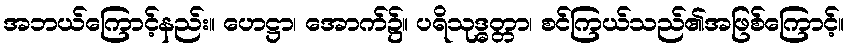
အဘယ်ကြောင့်နည်း။ ဟေဋ္ဌာ၊ အောက်၌။ ပရိသုဒ္ဓတ္တာ၊ စင်ကြယ်သည်၏အဖြစ်ကြောင့်။